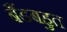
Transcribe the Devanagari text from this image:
बैंडबहुत